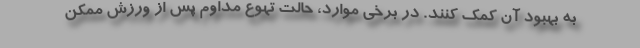
به بهبود آن کمک کنند. در برخی موارد، حالت تهوع مداوم پس از ورزش ممکن